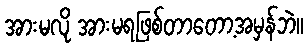
အားမလို အားမရဖြစ်တာတော့အမှန်ဘဲ။